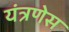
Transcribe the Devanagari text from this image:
यंत्रणेस